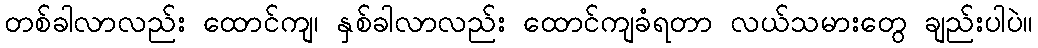
တစ်ခါလာလည်း ထောင်ကျ၊ နှစ်ခါလာလည်း ထောင်ကျခံရတာ လယ်သမားတွေ ချည်းပါပဲ။